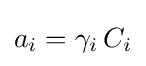
a_{i}=\gamma _{i}\,C_{i}